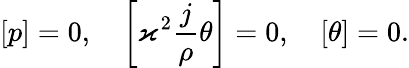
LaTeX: \left[p\right]=0,\quad\left[\varkappa^{2}\frac{j}{\rho}\theta\right]=0,\quad\left[\theta\right]=0.